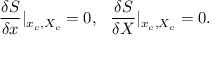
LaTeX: \frac { \delta S } { \delta x } | _ { x _ { c } , X _ { c } } = 0 , \ \ \frac { \delta S } { \delta X } | _ { x _ { c } , X _ { c } } = 0 .